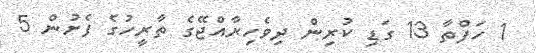
1 ހަފްތާ 13 ގަޑި ކުރިން ދިވެހިރާއްޖޭގެ ތާރީހުގެ ފެށުން 5